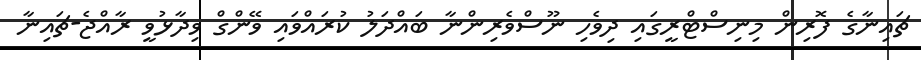
ޗައިނާގެ ފޮރިން މިނިސްޓްރީގައި ދިވެހި ނޫސްވެރިންނާ ބައްދަލު ކުރައްވައި ވޭންގް ވިދާޅުވީ ރާއްޖެ-ޗައިނާ